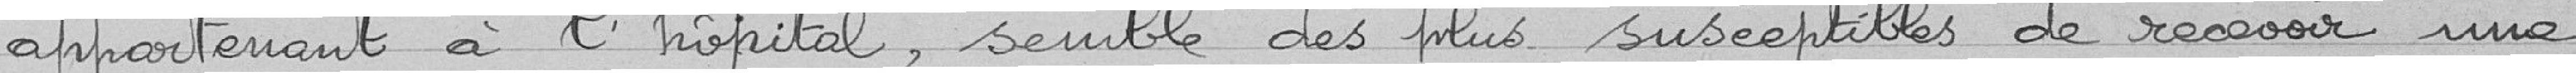
appartenant à l'hôpital, semble des plus susceptibles de recevoir une